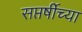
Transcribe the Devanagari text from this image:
सप्तर्षीच्या